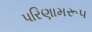
પરિણામરૂપ